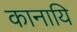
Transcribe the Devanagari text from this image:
कानायि